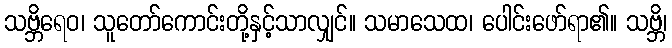
သဗ္ဘိရေဝ၊ သူတော်ကောင်းတို့နှင့်သာလျှင်။ သမာသေထ၊ ပေါင်းဖော်ရာ၏။ သဗ္ဘိ၊